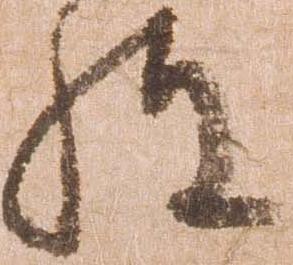
怪